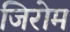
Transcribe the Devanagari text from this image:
जिरोम